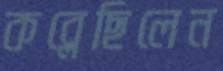
কব্‌লেছিলেন